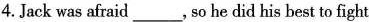
4.Jack was afraid___, so he did his best to fight